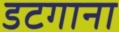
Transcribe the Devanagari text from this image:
डटगाना